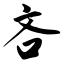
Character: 吝